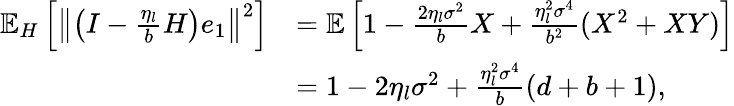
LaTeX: \begin{array}{rl}{\mathbb{E}_{H}\left[\left\Vert\left(I-\frac{\eta_{l}}{b}H\right)e_{1}\right\Vert^{2}\right]}&{=\mathbb{E}\left[1-\frac{2\eta_{l}\sigma^{2}}{b}X+\frac{\eta_{l}^{2}\sigma^{4}}{b^{2}}(X^{2}+XY)\right]}\\ &{=1-2\eta_{l}\sigma^{2}+\frac{\eta_{l}^{2}\sigma^{4}}{b}(d+b+1),}\end{array}